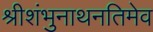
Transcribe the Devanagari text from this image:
श्रीशंभुनाथनतिमेव